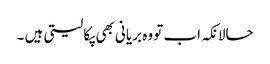
حالانکہ اب تو وہ بریانی بھی پکا لیتی ہیں ۔